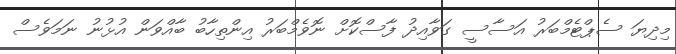
މިދިޔަ ސެޕްޓެމްބަރު އަސާސީ ގަވާއިދު ފާސްކޮށް ނޮވެމްބަރު އިންތިހާބު ބާއްވަން އުޅުނު ނަމަވެސް